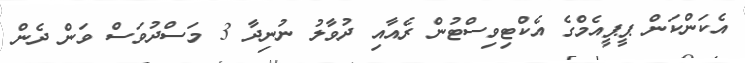
އެކަންކަން ޕީޕީއެމްގެ އެކްޓިވިސްޓުން ރެއާއި ދުވާލު ނުނިދާ 3 މަސްދުވަސް ވަން ދެން